Indian journal of veterinary science and animal husbandry - Volume 10,
Year: 1940
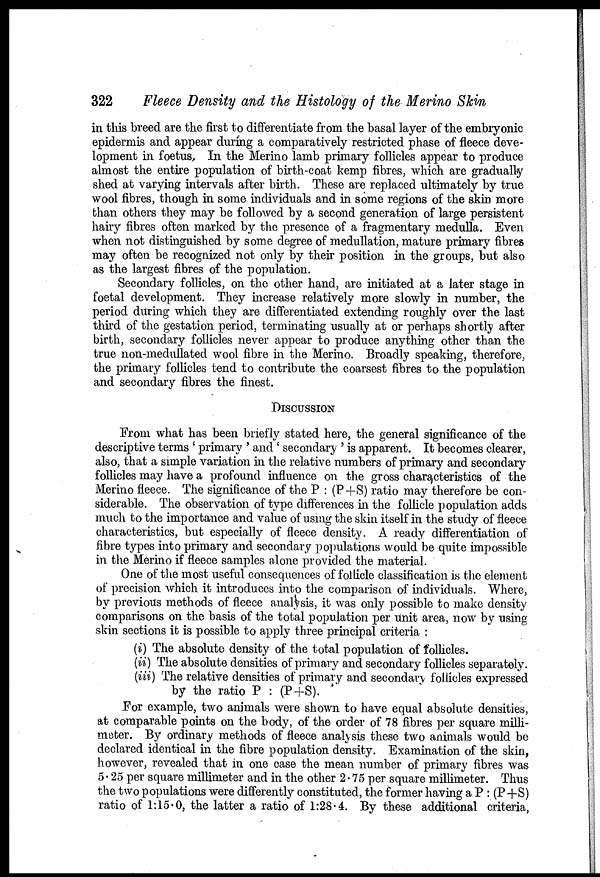
322
Fleece Density and the Histology of the Merino Skin
in this breed are the first to differentiate from the basal layer of the embryonic
epidermis and appear during a comparatively restricted phase of fleece deve-
lopment in foetus, In the Merino lamb primary follicles appear to produce
almost the entire population of birth-coat kemp fibres, which are gradually
shed at varying intervals after birth. These are replaced ultimately by true
wool fibres, though in some individuals and in some regions of the skin more
than others they may be followed by a second generation of large persistent
hairy fibres often marked by the presence of a fragmentary medulla. Even
when not distinguished by some degree of medullation, mature primary fibres
may often be recognized not only by their position in the groups, but also
as the largest fibres of the population.
Secondary follicles, on the other hand, are initiated at a later stage in
foetal development. They increase relatively more slowly in number, the
period during which they are differentiated extending roughly over the last
third of the gestation period, terminating usually at or perhaps shortly after
birth, secondary follicles never appear to produce anything other than the
true non-medullated wool fibre in the Merino. Broadly speaking, therefore,
the primary follicles tend to contribute the coarsest fibres to the population
and secondary fibres the finest.
DISCUSSION
From what has been briefly stated here, the general significance of the
descriptive terms ' primary ' and' secondary ' is apparent. It becomes clearer,
also, that a simple variation in the relative numbers of primary and secondary
follicles may have a profound influence on the gross characteristics of the
Merino fleece. The significance of the P : (P+S) ratio may therefore be con-
siderable. The observation of type differences in the follicle population adds
much to the importance and value of using the skin itself in the study of fleece
characteristics, but especially of fleece density. A ready differentiation of
fibre types into primary and secondary populations would be quite impossible
in the Merino if fleece samples alone provided the material.
One of the most useful consequences of follicle classification is the element
of precision which it introduces into the comparison of individuals. Where,
by previous methods of fleece analysis, it was only possible to make density
comparisons on the basis of the total population per unit area, now by using
skin sections it is possible to apply three principal criteria :
(i) The absolute density of the total population of follicles.
(ii) The absolute densities of primary and secondary follicles separately.
(iii) The relative densities of primary and secondary follicles expressed
by the ratio P : (P+S).
For example, two animals were shown to have equal absolute densities,
at comparable points on the body, of the order of 78 fibres per square milli-
meter. By ordinary methods of fleece analysis these two animals would be
declared identical in the fibre population density. Examination of the skin,
however, revealed that in one case the mean number of primary fibres was
5.25 per square millimeter and in the other 2.75 per square millimeter. Thus
the two populations were differently constituted, the former having a P : (P+S)
ratio of 1:15.0, the latter a ratio of 1:28.4. By these additional criteria,